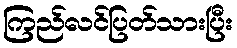
ကြည်လင်ပြတ်သားပြီး